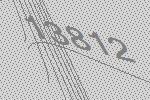
13812